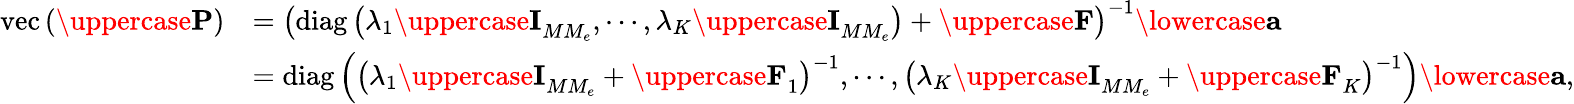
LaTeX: \begin{array}{rl}{\mathrm{vec}\left({\uppercase{\mathbf{P}}}\right)}&{=\left(\mathrm{{diag}}\left(\lambda_{1}{\uppercase{\mathbf{I}}}_{MM_{e}},\cdots,\lambda_{K}{\uppercase{\mathbf{I}}}_{MM_{e}}\right)+{\uppercase{\mathbf{F}}}\right)^{-1}{\lowercase{\mathbf{a}}}}\\ &{={\mathrm{diag}}\left(\left(\lambda_{1}{\uppercase{\mathbf{I}}}_{MM_{e}}+{\uppercase{\mathbf{F}}}_{1}\right)^{-1},\cdots,\left(\lambda_{K}{\uppercase{\mathbf{I}}}_{MM_{e}}+{\uppercase{\mathbf{F}}}_{K}\right)^{-1}\right){\lowercase{\mathbf{a}}},}\end{array}